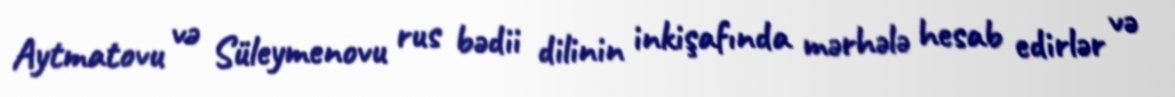
Aytmatovu və Süleymenovu rus bədii dilinin inkişafında mərhələ hesab edirlər və